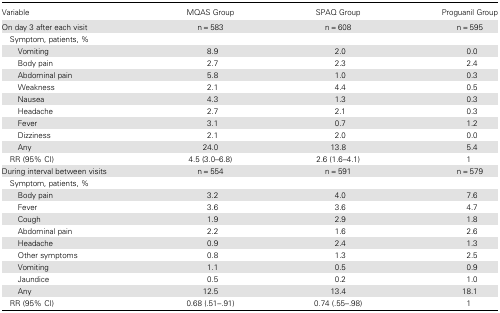
| Variable | MQAS Group | SPAQ Group | Proguanil Group |
 | --- | --- | --- | --- |
 | On day 3 after each visit | n = 583 | n = 608 | n = 595 |
 | Symptom, patients, % |  |  |  |
 | Vomiting | 8.9 | 2.0 | 0.0 |
 | Body pain | 2.7 | 2.3 | 2.4 |
 | Abdominal pain | 5.8 | 1.0 | 0.3 |
 | Weakness | 2.1 | 4.4 | 0.5 |
 | Nausea | 4.3 | 1.3 | 0.3 |
 | Headache | 2.7 | 2.1 | 0.3 |
 | Fever | 3.1 | 0.7 | 1.2 |
 | Dizziness | 2.1 | 2.0 | 0.0 |
 | Any | 24.0 | 13.8 | 5.4 |
 | RR (95% CI) | 4.5 (3.0–6.8) | 2.6 (1.6–4.1) | 1 |
 | During interval between visits | n = 554 | n = 591 | n = 579 |
 | Symptom, patients, % |  |  |  |
 | Body pain | 3.2 | 4.0 | 7.6 |
 | Fever | 3.6 | 3.6 | 4.7 |
 | Cough | 1.9 | 2.9 | 1.8 |
 | Abdominal pain | 2.2 | 1.6 | 2.6 |
 | Headache | 0.9 | 2.4 | 1.3 |
 | Other symptoms | 0.8 | 1.3 | 2.5 |
 | Vomiting | 1.1 | 0.5 | 0.9 |
 | Jaundice | 0.5 | 0.2 | 1.0 |
 | Any | 12.5 | 13.4 | 18.1 |
 | RR (95% CI) | 0.68 (.51–.91) | 0.74 (.55–.98) | 1 |